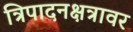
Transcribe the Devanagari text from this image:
त्रिपादनक्षत्रावर